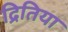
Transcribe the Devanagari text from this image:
द्रितिया